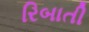
રિબાતી